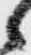
候